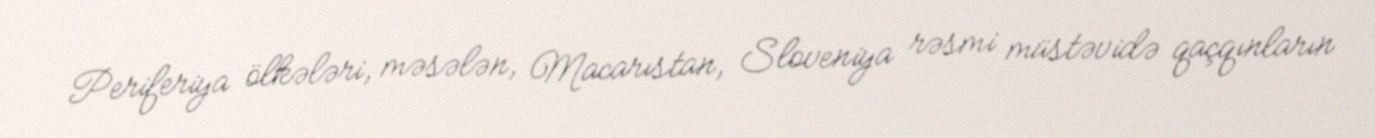
Periferiya ölkələri, məsələn, Macarıstan, Sloveniya rəsmi müstəvidə qaçqınların